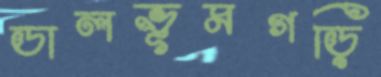
ডালভূমগড়ি